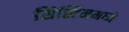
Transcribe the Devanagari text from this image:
सिस्टिममध्ये